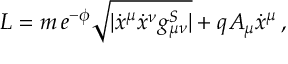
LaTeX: { \cal L } = m \, e ^ { - \phi } \sqrt { | \dot { x } ^ { \mu } \dot { x } ^ { \nu } g _ { \mu \nu } ^ { S } | } + q A _ { \mu } \dot { x } ^ { \mu } \, ,